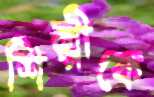
শিল্পীকে